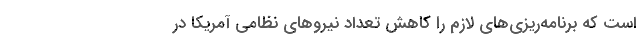
است که برنامه‌ریزی‌های لازم را کاهش تعداد نیروهای نظامی آمریکا در